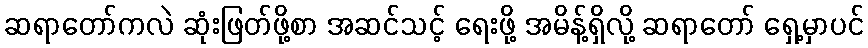
ဆရာတော်ကလဲ ဆုံးဖြတ်ဖို့စာ အဆင်သင့် ရေးဖို့ အမိန့်ရှိလို့ ဆရာတော် ရှေ့မှာပင်